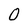
Character: O